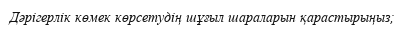
Дәрігерлік көмек көрсетудің шұғыл шараларын қарастырыңыз;